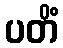
ပတိံ